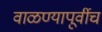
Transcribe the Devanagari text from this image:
वाळण्यापूर्वीच